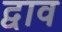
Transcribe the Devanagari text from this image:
द्वाव